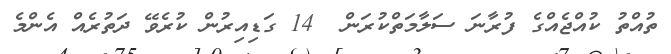
ތުއްތު ކުއްޖެއްގެ ފުރާނަ ސަލާމަތްކުރަން  14 ގަޑިއިރުން ކުރެވޭ ދަތުރެއް އެންމެ